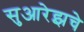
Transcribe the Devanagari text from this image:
सुआरेझचे